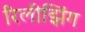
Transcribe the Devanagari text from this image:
रिलीझिंग